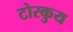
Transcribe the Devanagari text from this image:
टोरकुय